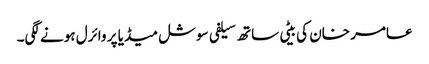
عامر خان کی بیٹی ساتھ سیلفی سوشل میڈیا پر وائرل ہونے لگی۔